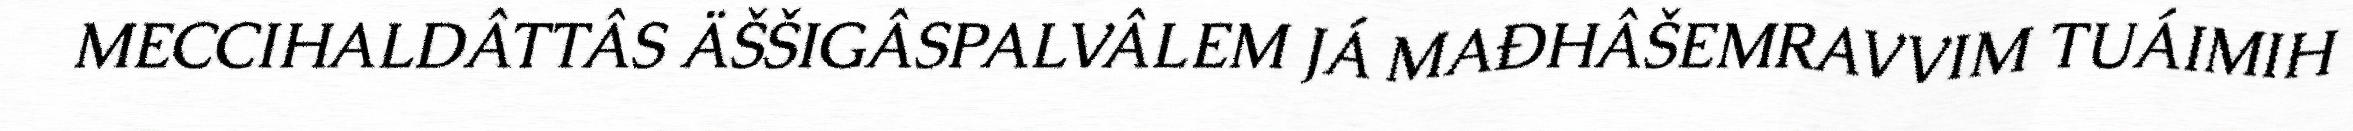
MECCIHALDÂTTÂS ÄŠŠIGÂSPALVÂLEM JÁ MAĐHÂŠEMRAVVIM TUÁIMIH